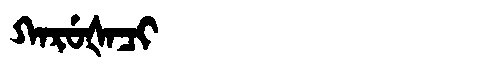
Manchu: ᡴᠠᡵᡠᡧᠠᠴᡳ
Romanization: KARUŠACI